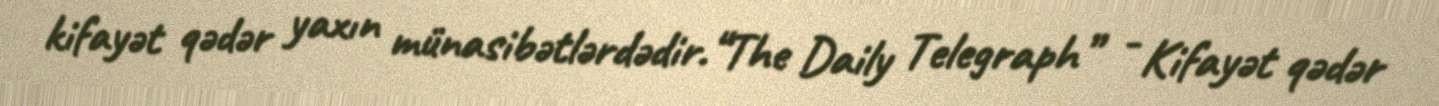
kifayət qədər yaxın münasibətlərdədir.“The Daily Telegraph” - Kifayət qədər